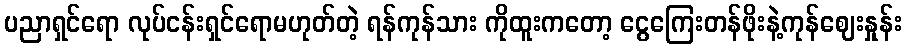
ပညာရှင်ရော လုပ်ငန်းရှင်ရောမဟုတ်တဲ့ ရန်ကုန်သား ကိုထူးကတော့ ငွေကြေးတန်ဖိုးနဲ့ကုန်ဈေးနှုန်း